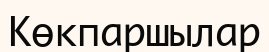
Көкпаршылар